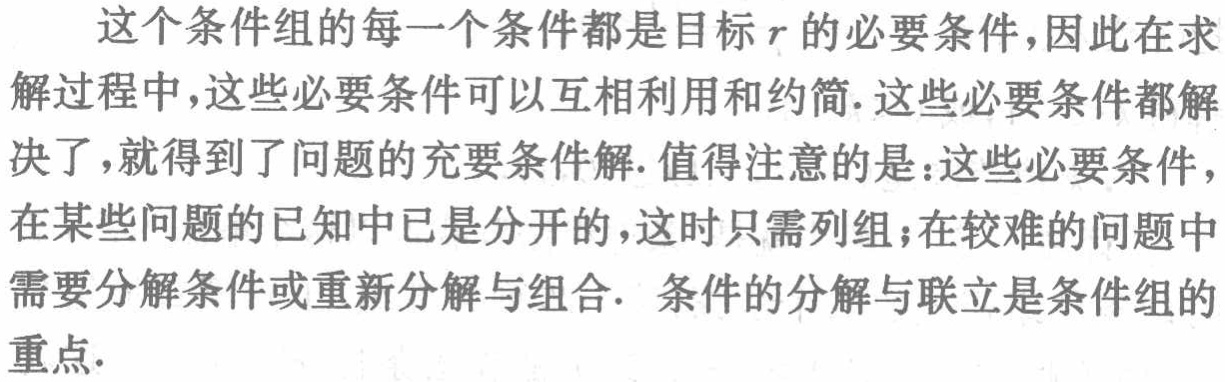
这个条件组的每一个条件都是目标\(r\)的必要条件，因此在求解过程中，这些必要条件可以互相利用和约简. 这些必要条件都解决了，就得到了问题的充要条件解. 值得注意的是：这些必要条件，在某些问题的已知中已是分开的，这时只需列组；在较难的问题中需要分解条件或重新分解与组合. 条件的分解与联立是条件组的重点.